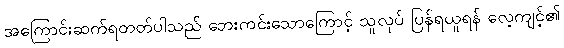
အကြောင်းဆက်ရတတ်ပါသည် ဘေးကင်းသောကြောင့် သူလုပ် ပြန်ရယူရန် လေ့ကျင့်၏